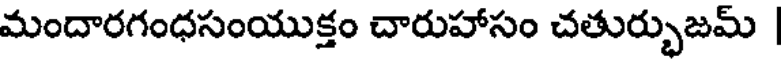
మందారగంధసంయుక్తం చారుహాసం చతుర్భుజమ్ |